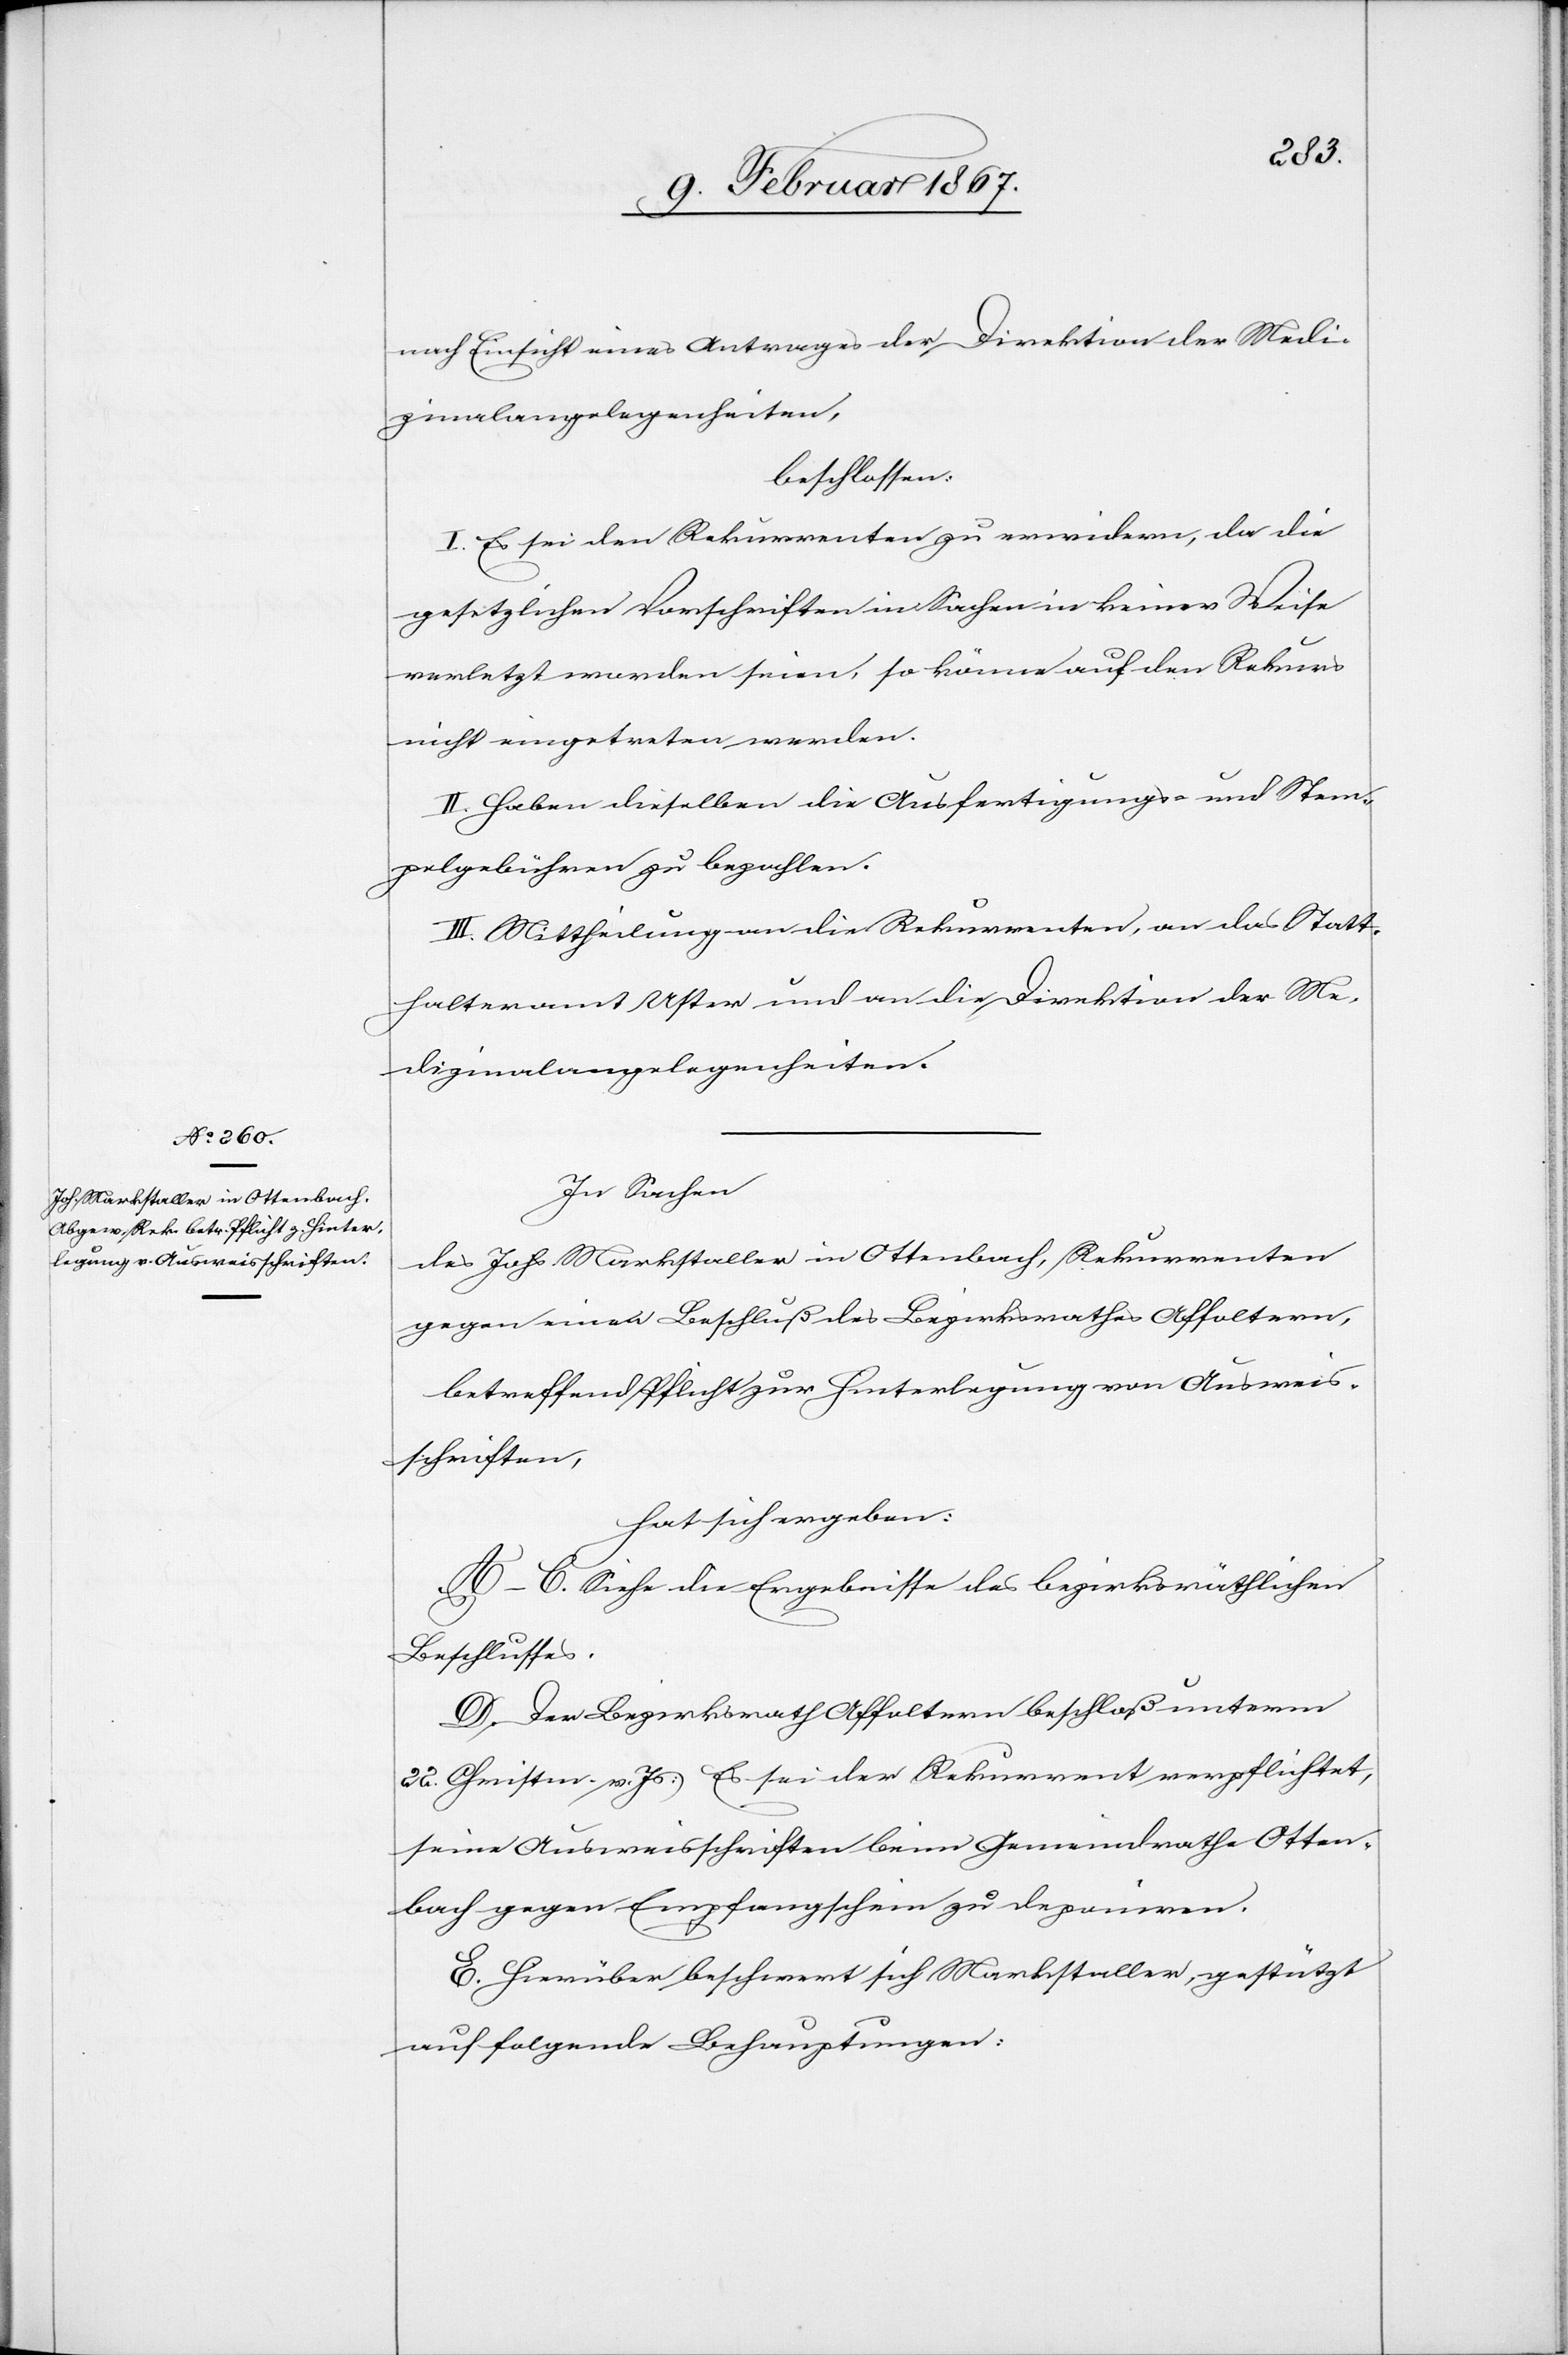
nes] Markstaller in Ottenbach,

[Johan¬
nach Einsicht eines Antrages der Direktion der Medi¬
zinalangelegenheiten,
beschlossen:
I. Es sei den Rekurrenten zu erwidern, da die
gesetzlichen Vorschriften in Sachen in keiner Weise
verletzt worden seien, so könne auf den Rekurs
nicht eingetreten werden.
II. Haben dieselben die Ausfertigungs- und Stem¬
pelgebühren zu bezahlen.
III. Mittheilung an die Rekurrenten, an das Statt¬
halteramt Uster und an die Direktion der Me¬
dizinalangelegenheiten.
In Sachen
gegen einen Beschluß des Bezirksrathes Affoltern,
betreffend Pflicht zur Hinterlegung von Ausweis¬
schriften,
hat sich ergeben:
A–C. Siehe die Ergebnisse des bezirksräthlichen
Beschlusses.
D. Der Bezirksrath Affoltern beschloß unterm
22. Christm. v. Js: Es sei der Rekurrent verpflichtet,
seine Ausweisschriften beim Gemeindrathe Otten¬
bach gegen Empfangschein zu deponiren.
E. Hierüber beschwert sich Markstaller, gestützt
auf folgende Behauptungen: